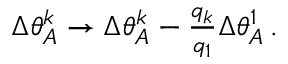
\begin{array} { r } { \Delta \theta _ { A } ^ { k } \rightarrow \Delta \theta _ { A } ^ { k } - \frac { q _ { k } } { q _ { 1 } } \Delta \theta _ { A } ^ { 1 } \, . } \end{array}